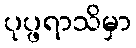
ပုပ္ဖရာသိမှာ